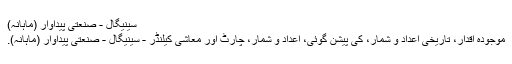
سینیگال - صنعتی پیداوار (ماہانہ)
موجودہ اقدار، تاریخی اعداد و شمار، کی پیشن گوئی، اعداد و شمار، چارٹ اور معاشی کیلنڈر - سینیگال - صنعتی پیداوار (ماہانہ).